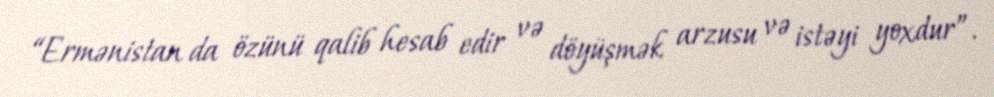
“Ermənistan da özünü qalib hesab edir və döyüşmək arzusu və istəyi yoxdur”.